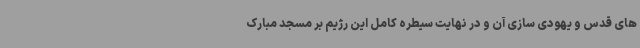
های قدس و یهودی سازی آن و در نهایت سیطره کامل این رژیم بر مسجد مبارک